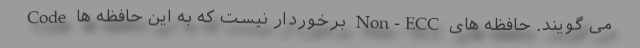
Code برخوردار نیست که به این حافظه ها Non-ECC می گویند. حافظه های